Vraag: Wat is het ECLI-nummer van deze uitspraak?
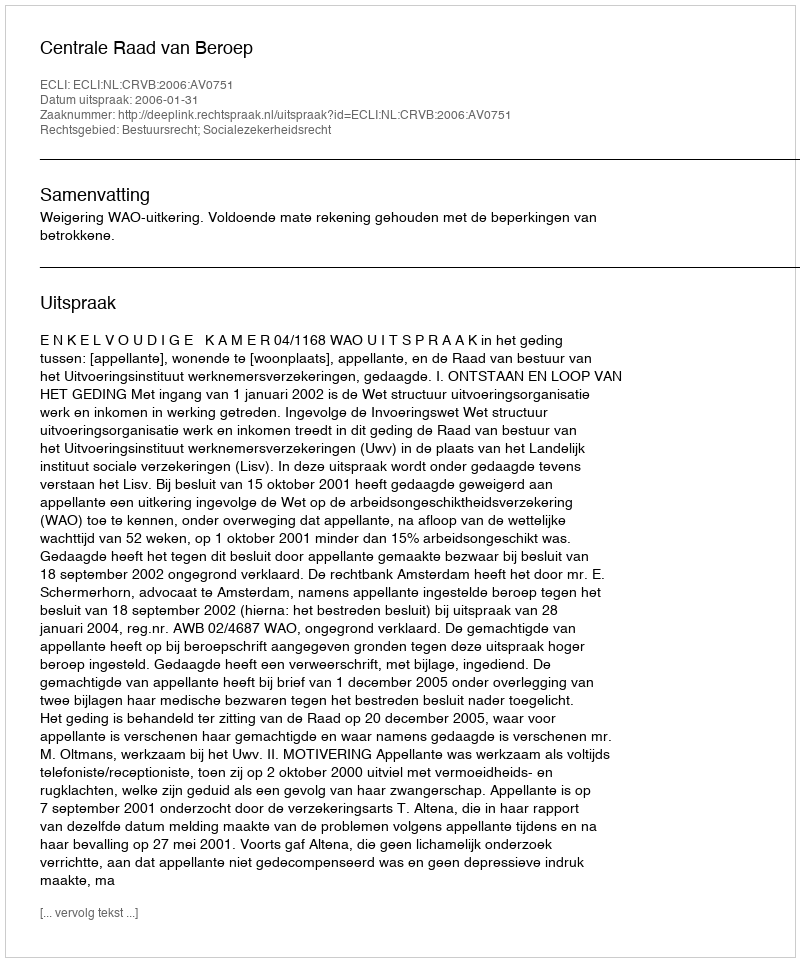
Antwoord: ECLI:NL:CRVB:2006:AV0751